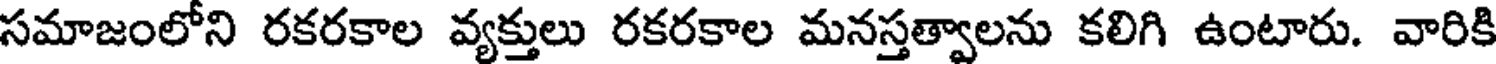
సమాజంలోని రకరకాల వ్యక్తులు రకరకాల మనస్తత్వాలను కలిగి ఉంటారు. వారికి